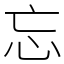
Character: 忘